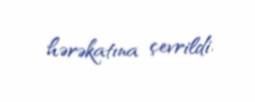
hərəkatına çevrildi.